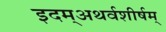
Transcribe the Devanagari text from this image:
इदम्‌अथर्वशीर्षम्‌